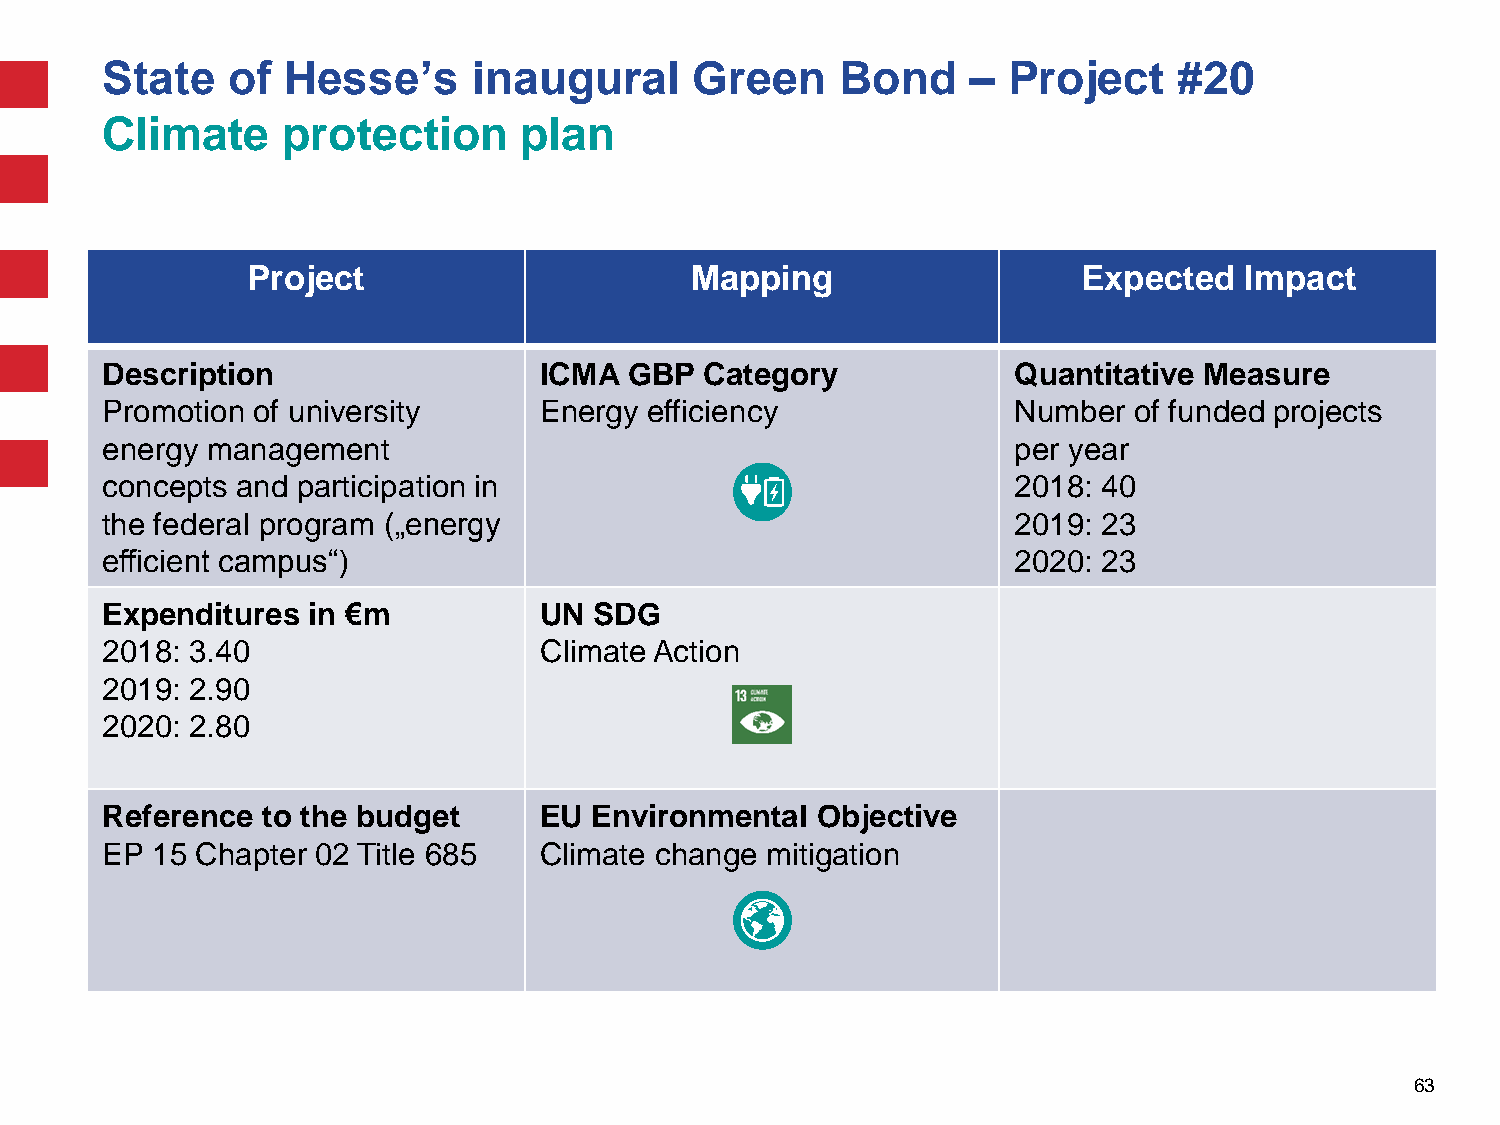
State   of  Hesse’s     inaugural      Green     Bond    –  Project    #20
 Climate     protection     plan
 Project                       Mapping                   Expected  Impact
 Description                  ICMA  GBP  Category            Quantitative Measure
 Promotion of university      Energy efficiency              Number  of funded projects
 energy management                                           per year
 concepts and participation in                               2018: 40
 the federal program („energy                                2019: 23
 efficient campus“)                                          2020: 23
 Expenditures in €m           UN SDG
 2018: 3.40                   Climate Action
 2019: 2.90
 2020: 2.80
 Reference to the budget      EU Environmental  Objective
 EP 15 Chapter 02 Title 685   Climate change mitigation
 63